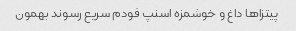
پیتزاها داغ و خوشمزه اسنپ فودم سریع رسوند بهمون